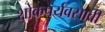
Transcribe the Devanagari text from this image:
शोकपर्यवसावी